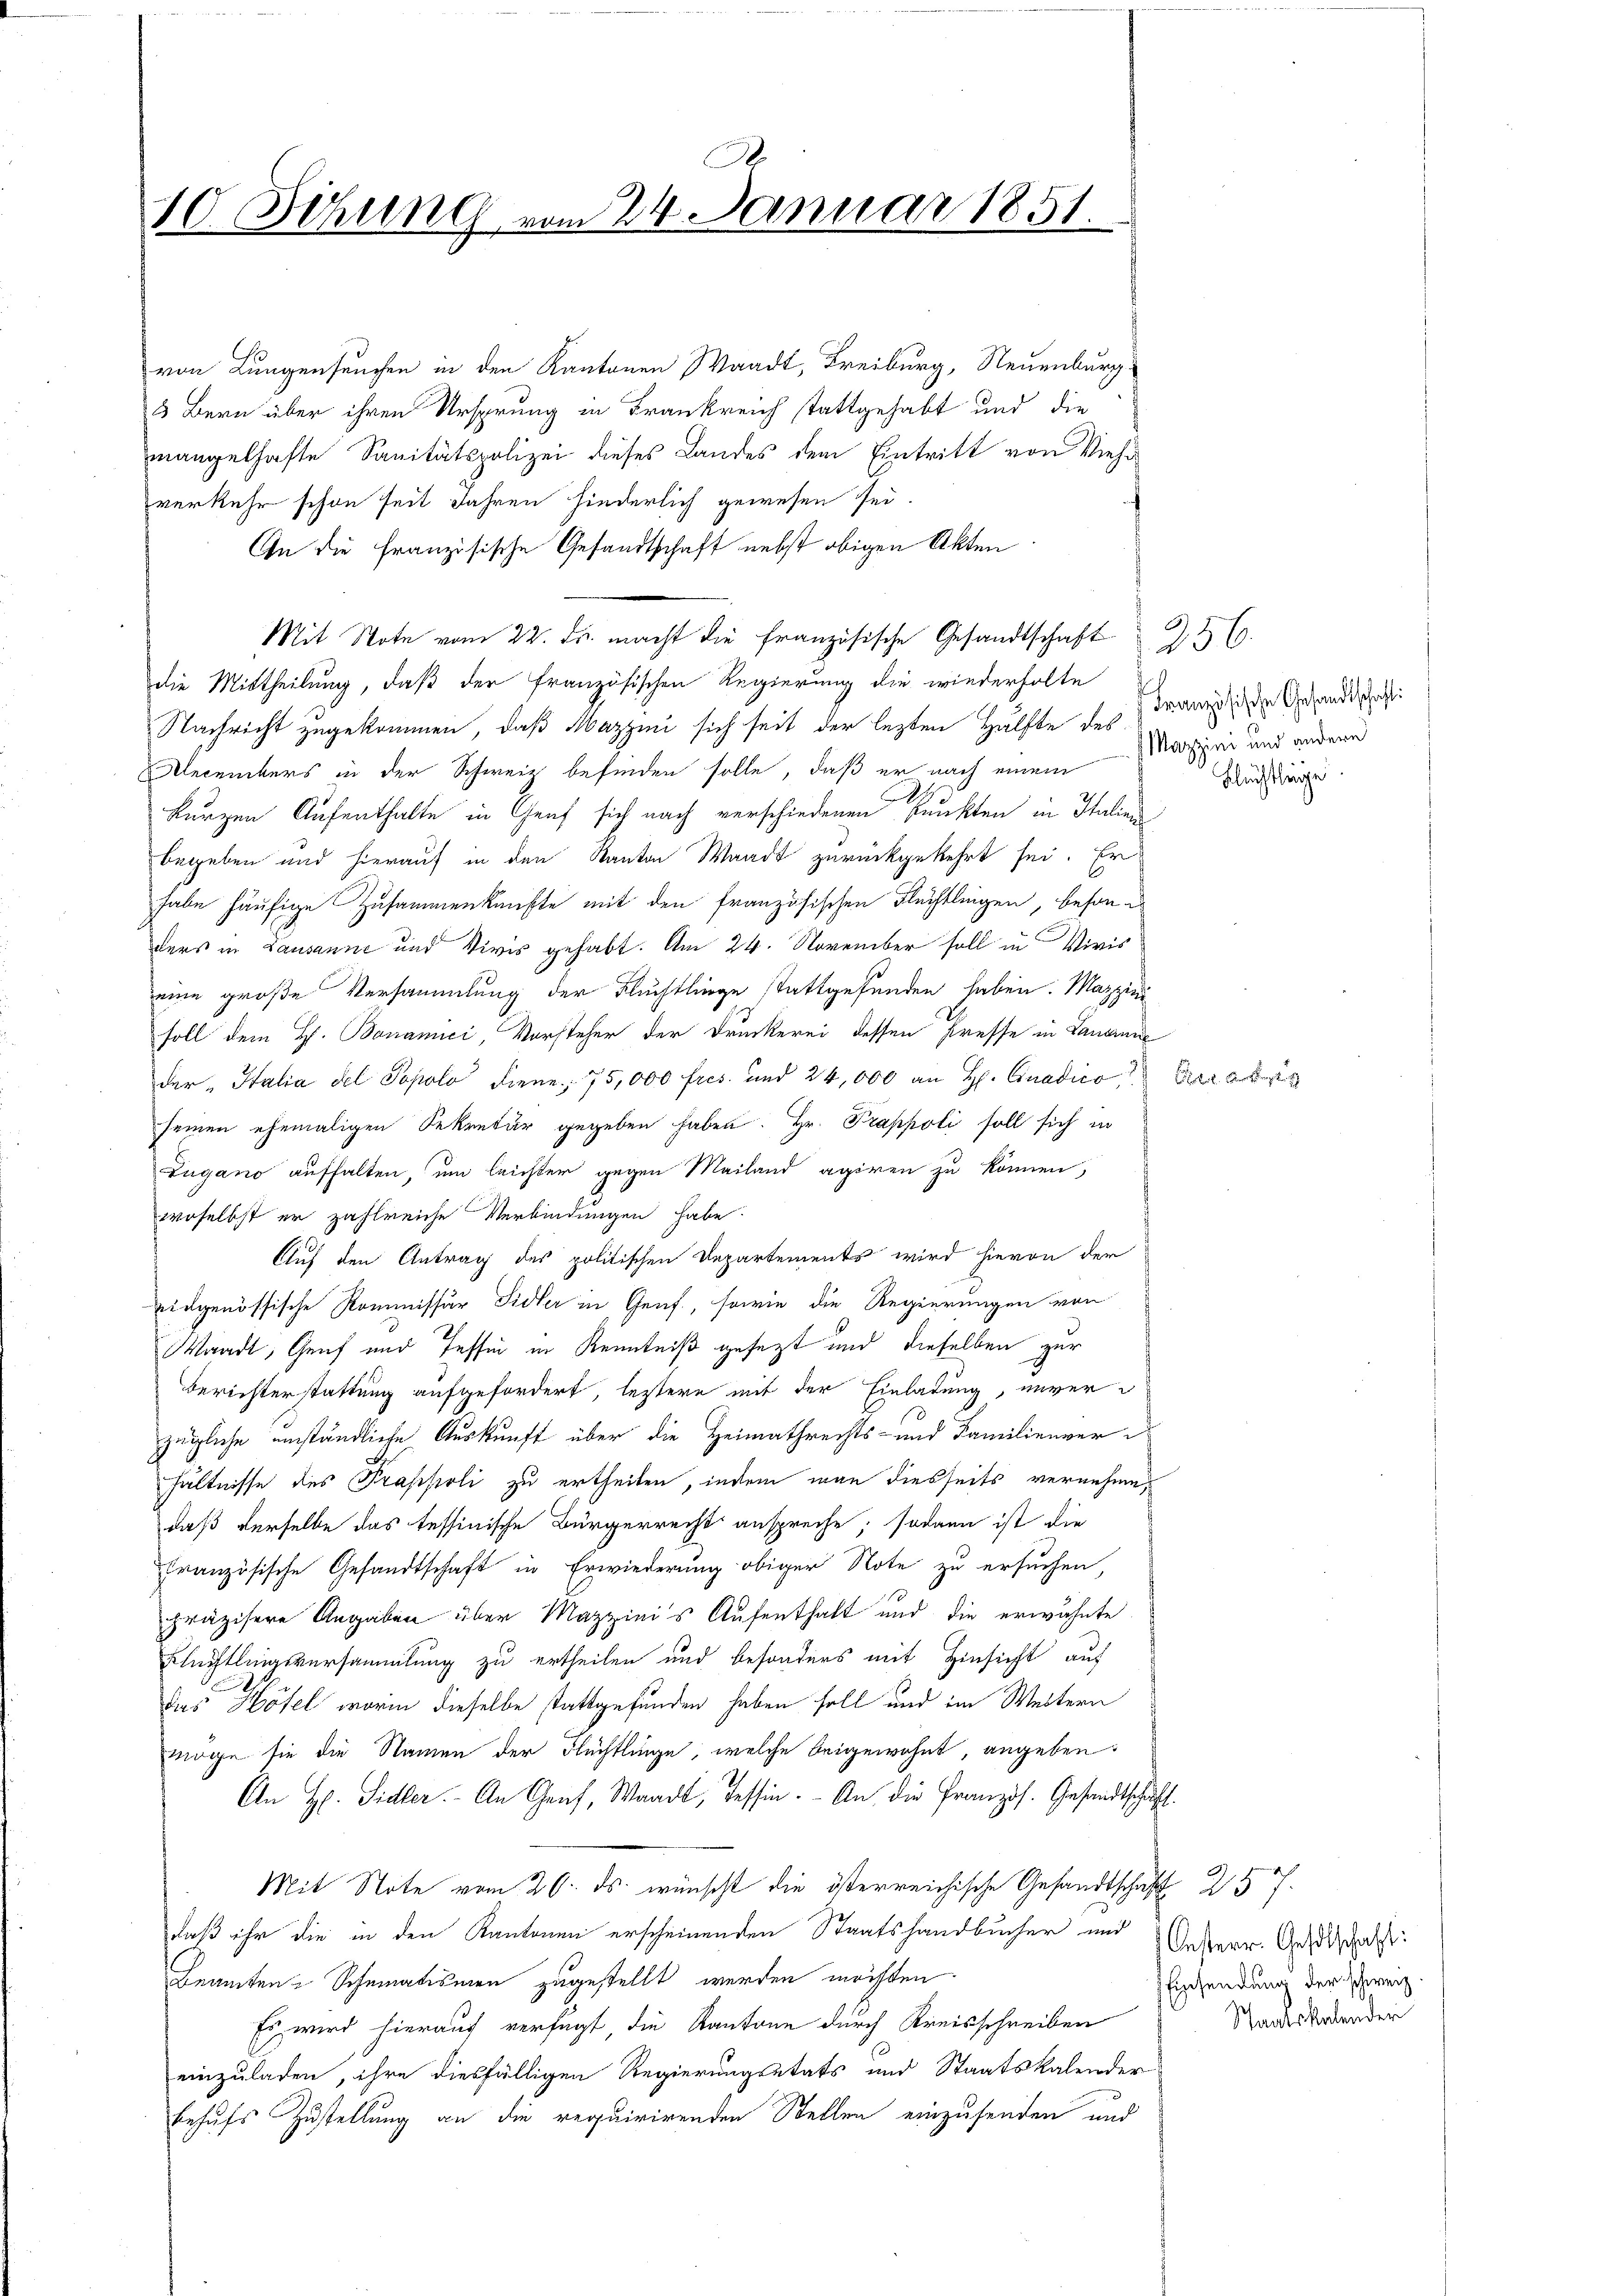
B.
10 Setzung vom 24. Januar 1851.

von Lungenseuchen in den Kantonen Waadt, Freiburg, Neuenburg
5 Bern über ihren Ursprung in Frankreich stattgehabt und die
mangelhafte Sanitätspolizei dieses Landes dem Eintritt von Viehrverkehr schon seit Jahren hiederlich gewesen sei.
An die Französische Gesandtschaft nebst obigen Akten
Mit Note vom 22. ds. macht die französische Gesandtschaft
die Mittheilung, daß der französischen Regierung die wiederholte
Nachricht zugekommen, daß Mazzini sich seit der lezten Hälfte des Transieder Gesandts
Decembers in der Schweiz befinden solle, daß er nach einem
e
.
kurzen Aufenthalte in Genf sich nach verschiedenen Punkten in Italien
begeben und hierauf in den Kanton Waadt zurückgekehrt sei. Er
habe häufige Zusammenkünfte mit den französischen Flüchtlingen, besonders in Lausanne und Vivis gehabt. Am 24. November soll in Vivis
eine große Versammlung der Fluchtlinge stattgefunden haben. Mazzini
soll dem H. Bonamici, Vorsteher der Druckerei dessen Presse in Landrene
der „Italia del Popolo diene; 75,000 fres und 24,000 an H. Gnadico
seinen ehemaligen Sekretär gegeben haben. Hr. Trappoli soll sich in
Zugano aufhalten, um leichter gegen Mailand agiren zu können,
woselbst er zahlreiche Verbindungen habe.
Auf den Antrag des politischen Departements wird hievon der
ridgenössische Kommissär Sidler in Genf, sowie die Regierungen von
Waadt, Genf und Tessin in Kenntniß gesezt und dieselben zur
Berichterstattung aufgefordert, leztere mit der Einladung, unverzügliche umständliche Auskunft über die Heimathrechts- und Familienverd
hältnisse des Trappoli zu ertheilen, indem man diesseits vernehme,
daß derselbe das tessinische Bürgerrecht anspreche; sodann ist die
französische Gesandtschaft in Erwiederung obiger Note zu ersuchen,
präzisere Angaben über Mazzinis Aufenthalt und die erwähnte
Blüchtlingsversammlung zu ertheilen und besonders mit Hinsicht auf
Das Hösel, worin dieselbe stattgefunden haben soll und im Weitern
möge sie die Namen der Flüchtlinge, welche beigewohnt, angeben:
An Hr. Sidler. An Genf, Waadt, Tessin. An die Französ. Gesandtschaft
Mit Note vom 26. ds. wünscht die österreichische Gesandtschaft 257.
daß ihr die in den Kantonen erscheinenden Staatshandbucher und
Beamten-Schematismen zugestellt werden möchten
Es wird hierauf verfügt, die Kantone durch Kreisschreiben
einzuladen, ihre diesfälligen Regierungsetats und Staatskalender
behufs Zustellung an die requirirenden Stellen einzusenden und

256.
Mazzini und andere
Schlechtlinge

Art. Berichten der

Oesterr. Geselschaft:
Einsendung der schweiz.
Staatskalender